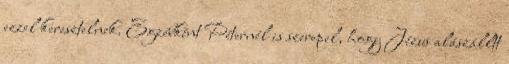
ezzel keresztelnek. Egzébként Péternél is szerepel, hogy Jézus alászálltt